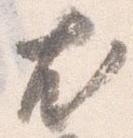
尤